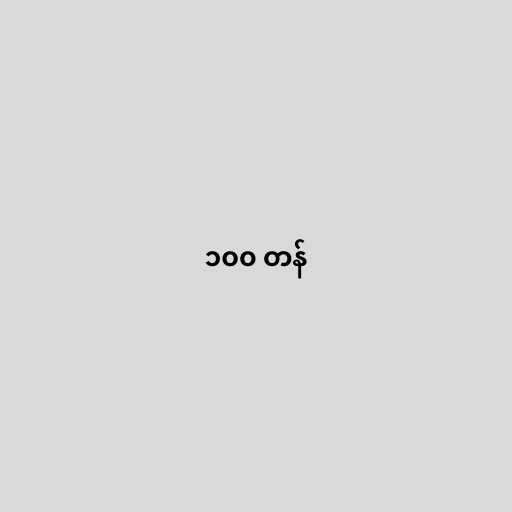
၁၀၀ တန်